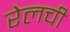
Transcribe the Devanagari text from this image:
रेलची